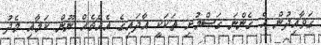
ގަވާއިދުން އެ ގެންނަ ގަސްމުށި ތަކަކީ އާދައިގެ އެއްޗެއް ނޫން ކަމާއި މެދު